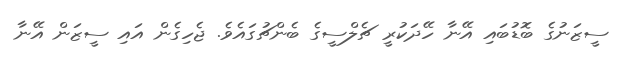
ސީޒަނުގެ ބޮޑުބައި އޭނާ ހޭދަކުރީ ޗެލްްސީގެ ބެންޗުގައެވެ. ޖެހިގެން އައި ސީޒަން އޭނާ